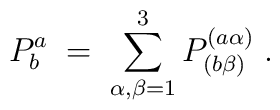
P^a_b \;=\; \sum_{\alpha, \beta=1}^3 P^{(a \alpha)}_{(b \beta)}\;.